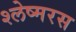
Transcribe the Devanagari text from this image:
श्लेष्मरस